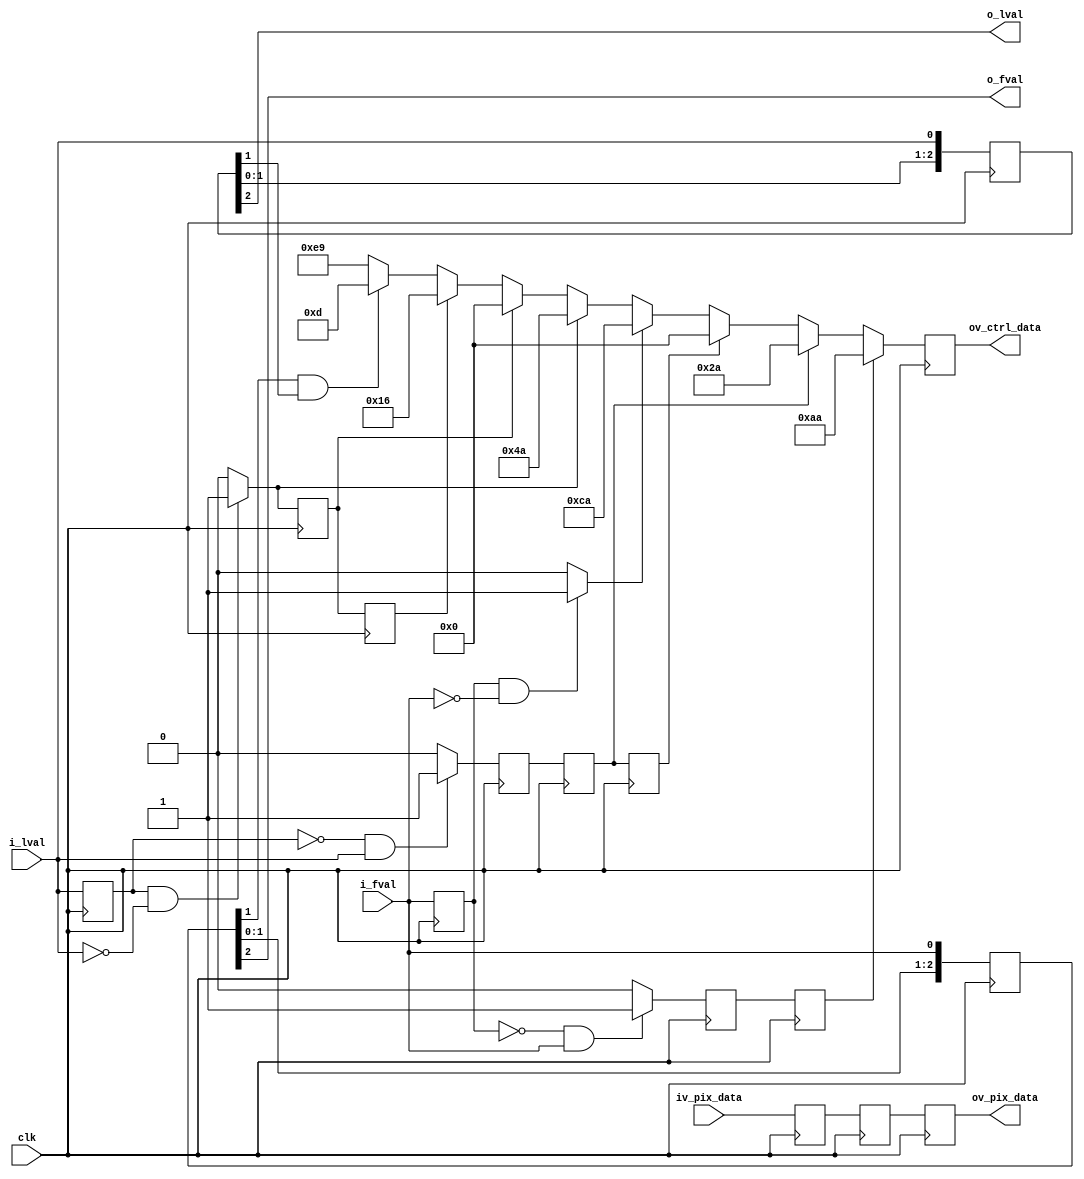
//-------------------------------------------------------------------------------------------------
//  --    : , 2010 -2015.
//  --      .
//  --          : FPGA
//  --        : ctrl_insert_python
//  --        : 
//-------------------------------------------------------------------------------------------------
//
//  --  :
//
//  --          :| 				:|  
//-------------------------------------------------------------------------------------------------
//  --        :| 2015/10/14 11:52:11	:|  
//-------------------------------------------------------------------------------------------------
//
//  --      :
//              1)  : ... ...
//
//              2)  : ... ...
//
//              3)  : ... ...
//
//-------------------------------------------------------------------------------------------------
///
`timescale 1ns/1ps
//-------------------------------------------------------------------------------------------------

module ctrl_insert_python # (
	parameter			DATA_WIDTH			= 8		,	//
	parameter			CHANNEL_NUM			= 4			//
	)
	(
	input										clk							,	//
	input										i_fval						,	//
	input										i_lval						,	//
	input	[DATA_WIDTH*CHANNEL_NUM-1:0]		iv_pix_data					,	//
	output										o_fval						,	//
	output										o_lval						,	//
	output	[DATA_WIDTH*CHANNEL_NUM-1:0]		ov_pix_data					,	//
	output	[DATA_WIDTH-1:0]					ov_ctrl_data					//
	);

	//	ref signals

	localparam	FS		= (DATA_WIDTH==10) ? 10'h2aa : 8'haa	;
	localparam	FSS		= (DATA_WIDTH==10) ? 10'h22a : 8'h8a	;
	localparam	FE		= (DATA_WIDTH==10) ? 10'h32a : 8'hca	;
	localparam	FSE		= (DATA_WIDTH==10) ? 10'h3aa : 8'hea	;
	localparam	TR		= (DATA_WIDTH==10) ? 10'h3a6 : 8'he9	;
	localparam	LS		= (DATA_WIDTH==10) ? 10'h0aa : 8'h2a	;
	localparam	LE		= (DATA_WIDTH==10) ? 10'h12a : 8'h4a	;
	localparam	IMG		= (DATA_WIDTH==10) ? 10'h035 : 8'h0d	;
	localparam	BL		= (DATA_WIDTH==10) ? 10'h015 : 8'h05	;
	localparam	CRC		= (DATA_WIDTH==10) ? 10'h059 : 8'h16	;
	localparam	ID		= (DATA_WIDTH==10) ? 10'h000 : 8'h00	;

	reg											fval_dly	= 1'b0;
	wire										fval_rise	;
	wire										fval_fall	;
	reg											lval_dly	= 1'b0;
	wire										lval_rise	;
	wire										lval_fall	;
	reg											fval_rise_dly0	= 1'b0;
	reg											fval_rise_dly1	= 1'b0;
	reg											lval_rise_dly0	= 1'b0;
	reg											lval_rise_dly1	= 1'b0;
	reg											lval_rise_dly2	= 1'b0;
	reg											lval_fall_dly0	= 1'b0;
	reg											lval_fall_dly1	= 1'b0;
	reg		[2:0]								fval_shift	= 3'b0;
	reg		[2:0]								lval_shift	= 3'b0;
	reg		[DATA_WIDTH*CHANNEL_NUM-1:0]		pix_data_dly0	;
	reg		[DATA_WIDTH*CHANNEL_NUM-1:0]		pix_data_dly1	;
	reg		[DATA_WIDTH*CHANNEL_NUM-1:0]		pix_data_dly2	;
	reg		[DATA_WIDTH:0]						ctrl_data_reg	= 'b0;


	//	ref ARCHITECTURE



	//	-------------------------------------------------------------------------------------
	//         		  ___  ___  ___  ___  ___  ___  ___  ___  ___  ___  ___  ___  ___  ___  ___  ___  ___  ___  ___  ___  ___  ___
	//	clk  		__| |__| |__| |__| |__| |__| |__| |__| |__| |__| |__| |__| |__| |__| |__| |__| |__| |__| |__| |__| |__| |__| |__
	//
	//					   ________________________________________________________________________________________________
	//	i_fval		_______|                                                                                              |_________
	//                     _________________________________________              _________________________________________
	//	i_lval		_______|                                       |______________|                                       |_________
	//
	//	pix_cnt		-------< 0 >< 1 >< 2 >< 3 >< 0 >< 1 >< 2 >< 3 >< 0            >< 0 >< 1 >< 2 >< 3 >< 0 >< 1 >< 2 >< 3 >
	//
	//	data		<TR   ><d0 ><d1 ><d2 ><d3 ><d4 ><d5 ><d6 ><d7 ><CRC><TR       ><d0 ><d1 ><d2 ><d3 ><d4 ><d5 ><d6 ><d7 ><CRC><TR   >
	//
	//	ctrl		<TR   ><FS ><ID ><IMG               ><LE ><ID ><CRC><TR       ><LS ><ID ><IMG               ><FE ><ID ><CRC><TR   >
	//
	//                     _____                                                                                           _____
	//	fval_rise_fall ____|   |___________________________________________________________________________________________|   |_______
	//                     _____                                   _____           _____                                   _____
	//	lval_rise_fall ____|   |___________________________________|   |___________|   |___________________________________|   |_______
	//
	//	ctrl_out	<TR                  ><FS ><ID ><IMG               ><LE ><ID ><CRC><TR       ><LS ><ID ><IMG               ><FE ><ID ><CRC><TR   >
	//
	//	data		<TR                  ><d0 ><d1 ><d2 ><d3 ><d4 ><d5 ><d6 ><d7 ><CRC><TR       ><d0 ><d1 ><d2 ><d3 ><d4 ><d5 ><d6 ><d7 ><CRC><TR   >
	//
	//					                  ________________________________________________________________________________________________
	//	fval_dly2	______________________|                                                                                              |_________
	//                                    _________________________________________              _________________________________________
	//	lval_dly2	______________________|                                       |______________|                                       |_________
	//         		  ___  ___  ___  ___  ___  ___  ___  ___  ___  ___  ___  ___  ___  ___  ___  ___  ___  ___  ___  ___  ___  ___
	//	clk_en		__| |__| |__| |__| |__| |__| |__| |__| |__| |__| |__| |__| |__| |__| |__| |__| |__| |__| |__| |__| |__| |__| |__
	//
	//	-------------------------------------------------------------------------------------


	//	===============================================================================================
	//	ref *** ***
	//	===============================================================================================
	//	-------------------------------------------------------------------------------------
	//	fval
	//	-------------------------------------------------------------------------------------
	always @ (posedge clk) begin
		fval_dly	<= i_fval;
	end
	assign	fval_rise	= (fval_dly==1'b0 && i_fval==1'b1) ? 1'b1 : 1'b0;
	assign	fval_fall	= (fval_dly==1'b1 && i_fval==1'b0) ? 1'b1 : 1'b0;

	always @ (posedge clk) begin
		fval_rise_dly0	<= fval_rise;
		fval_rise_dly1	<= fval_rise_dly0;
	end

	//	-------------------------------------------------------------------------------------
	//	lval
	//	-------------------------------------------------------------------------------------
	always @ (posedge clk) begin
		lval_dly	<= i_lval;
	end
	assign	lval_rise	= (lval_dly==1'b0 && i_lval==1'b1) ? 1'b1 : 1'b0;
	assign	lval_fall	= (lval_dly==1'b1 && i_lval==1'b0) ? 1'b1 : 1'b0;

	always @ (posedge clk) begin
		lval_rise_dly0	<= lval_rise;
		lval_rise_dly1	<= lval_rise_dly0;
		lval_rise_dly2	<= lval_rise_dly1;
	end

	always @ (posedge clk) begin
		lval_fall_dly0	<= lval_fall;
		lval_fall_dly1	<= lval_fall_dly0;
	end

	//	-------------------------------------------------------------------------------------
	//	fval lval 
	//	-------------------------------------------------------------------------------------
	always @ (posedge clk) begin
		fval_shift	<= {fval_shift[1:0],i_fval};
	end
	assign	o_fval	= fval_shift[2];

	always @ (posedge clk) begin
		lval_shift	<= {lval_shift[1:0],i_lval};
	end
	assign	o_lval	= lval_shift[2];

	//	-------------------------------------------------------------------------------------
	//	3
	//	-------------------------------------------------------------------------------------
	always @ (posedge clk) begin
		pix_data_dly0	<= iv_pix_data;
		pix_data_dly1	<= pix_data_dly0;
		pix_data_dly2	<= pix_data_dly1;
	end
	assign	ov_pix_data	= pix_data_dly2;

	//	===============================================================================================
	//	ref ******
	//	===============================================================================================
	//	-------------------------------------------------------------------------------------
	//	fval
	//	-------------------------------------------------------------------------------------
	always @ (posedge clk) begin
		if(fval_rise_dly1) begin
			ctrl_data_reg	<= FS;
		end
		else if(lval_rise_dly1) begin
			ctrl_data_reg	<= LS;
		end
		else if(lval_rise_dly2) begin
			ctrl_data_reg	<= ID;
		end

		else if(fval_fall) begin
			ctrl_data_reg	<= FE;
		end
		else if(lval_fall) begin
			ctrl_data_reg	<= LE;
		end
		else if(lval_fall_dly0) begin
			ctrl_data_reg	<= ID;
		end
		else if(lval_fall_dly1) begin
			ctrl_data_reg	<= CRC;
		end
		else if(fval_shift[1]&lval_shift[1]) begin
			ctrl_data_reg	<= IMG;
		end
		else begin
			ctrl_data_reg	<= TR;
		end
	end
	assign	ov_ctrl_data	= ctrl_data_reg;



endmodule